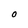
Character: O